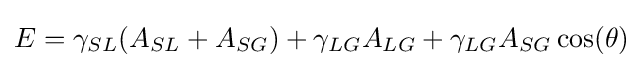
E=\gamma _{SL}(A_{SL}+A_{SG})+\gamma _{LG}A_{LG}+\gamma _{LG}A_{SG}\cos(\theta )